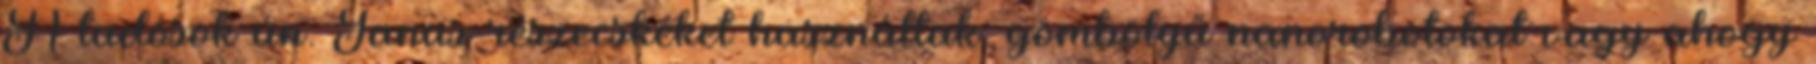
A tudósok ún. Janus-részecskéket használtak: gömbölyű nanorobotokat vagy ahogy